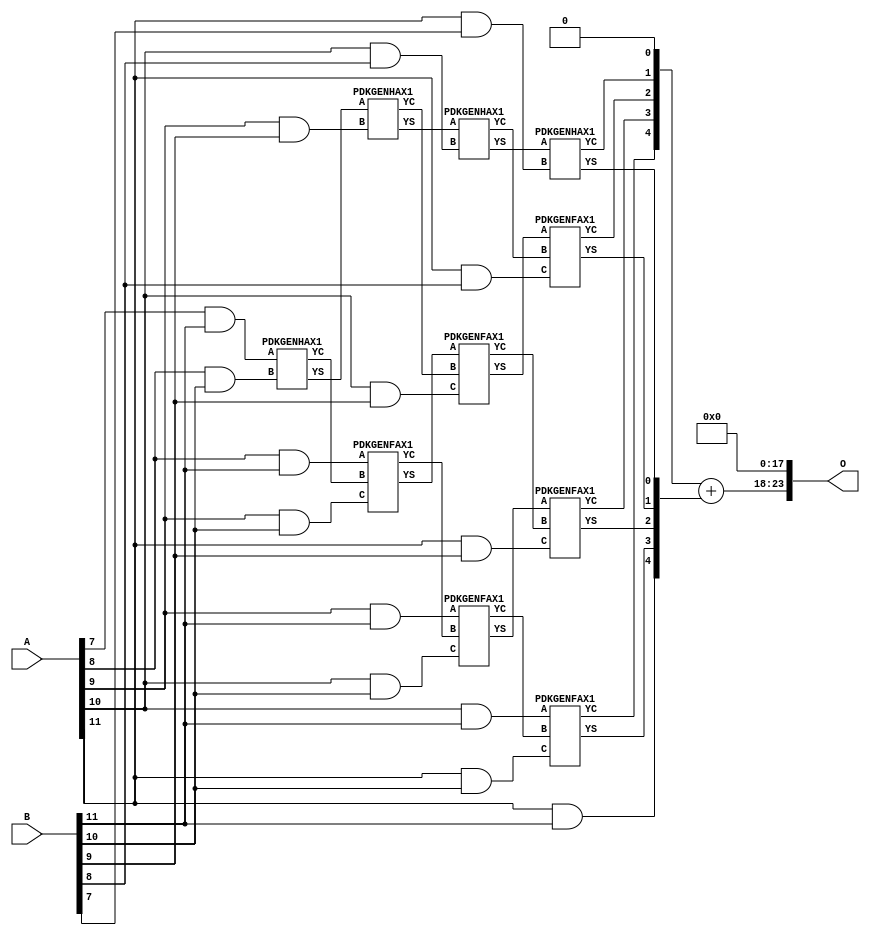
// This program was cloned from: https://github.com/ehw-fit/evoapproxlib
// License: MIT License

/***
* This code is a part of EvoApproxLib library (ehw.fit.vutbr.cz/approxlib) distributed under The MIT License.
* When used, please cite the following article(s): V. Mrazek, Z. Vasicek, L. Sekanina, H. Jiang and J. Han, "Scalable Construction of Approximate Multipliers With Formally Guaranteed Worst Case Error" in IEEE Transactions on Very Large Scale Integration (VLSI) Systems, vol. 26, no. 11, pp. 2572-2576, Nov. 2018. doi: 10.1109/TVLSI.2018.2856362 
* This file contains a circuit from a sub-set of pareto optimal circuits with respect to the pwr and mae parameters
***/
// MAE% = 2.72 %
// MAE = 456704 
// WCE% = 10.89 %
// WCE = 1826817 
// WCRE% = 100.00 %
// EP% = 99.95 %
// MRE% = 26.78 %
// MSE = 27178.297e7 
// PDK45_PWR = 0.069 mW
// PDK45_AREA = 195.2 um2
// PDK45_DELAY = 0.89 ns


module mul12u_2Z6 ( A, B, O );
  input [11:0] A;
  input [11:0] B;
  output [23:0] O;

  wire C_10_10,C_10_8,C_10_9,C_11_10,C_11_7,C_11_8,C_11_9,C_8_10,C_9_10,C_9_9,S_10_10,S_10_11,S_10_8,S_10_9,S_11_10,S_11_11,S_11_7,S_11_8,S_11_9,S_12_10,S_12_11,S_12_6,S_12_7,S_12_8,S_12_9,S_7_11,S_8_10,S_8_11,S_9_10,S_9_11,S_9_9;

  assign S_7_11 = (A[7] & B[11]);
  PDKGENHAX1 U292163 (.A(S_7_11), .B((A[8] & B[10])), .YS(S_8_10), .YC(C_8_10));
  assign S_8_11 = (A[8] & B[11]);
  PDKGENHAX1 U292174 (.A(S_8_10), .B((A[9] & B[9])), .YS(S_9_9), .YC(C_9_9));
  PDKGENFAX1 U292175 (.A(S_8_11), .B(C_8_10), .C((A[9] & B[10])), .YS(S_9_10), .YC(C_9_10));
  assign S_9_11 = (A[9] & B[11]);
  PDKGENHAX1 U292185 (.A(S_9_9), .B((A[10] & B[8])), .YS(S_10_8), .YC(C_10_8));
  PDKGENFAX1 U292186 (.A(S_9_10), .B(C_9_9), .C((A[10] & B[9])), .YS(S_10_9), .YC(C_10_9));
  PDKGENFAX1 U292187 (.A(S_9_11), .B(C_9_10), .C((A[10] & B[10])), .YS(S_10_10), .YC(C_10_10));
  assign S_10_11 = (A[10] & B[11]);
  PDKGENHAX1 U292196 (.A(S_10_8), .B((A[11] & B[7])), .YS(S_11_7), .YC(C_11_7));
  PDKGENFAX1 U292197 (.A(S_10_9), .B(C_10_8), .C((A[11] & B[8])), .YS(S_11_8), .YC(C_11_8));
  PDKGENFAX1 U292198 (.A(S_10_10), .B(C_10_9), .C((A[11] & B[9])), .YS(S_11_9), .YC(C_11_9));
  PDKGENFAX1 U292199 (.A(S_10_11), .B(C_10_10), .C((A[11] & B[10])), .YS(S_11_10), .YC(C_11_10));
  assign S_11_11 = (A[11] & B[11]);
  assign {S_12_11, S_12_10, S_12_9, S_12_8, S_12_7, S_12_6} = {C_11_10, C_11_9, C_11_8, C_11_7, 1'b0} + {S_11_11, S_11_10, S_11_9, S_11_8, S_11_7};
  assign O = {S_12_11,S_12_10,S_12_9,S_12_8,S_12_7,S_12_6,1'b0,1'b0,1'b0,1'b0,1'b0,1'b0,1'b0,1'b0,1'b0,1'b0,1'b0,1'b0,1'b0,1'b0,1'b0,1'b0,1'b0,1'b0};

endmodule

/* mod */
module PDKGENHAX1( input A, input B, output YS, output YC );
    assign YS = A ^ B;
    assign YC = A & B;
endmodule
/* mod */
module PDKGENFAX1( input A, input B, input C, output YS, output YC );
    assign YS = (A ^ B) ^ C;
    assign YC = (A & B) | (B & C) | (A & C);
endmodule